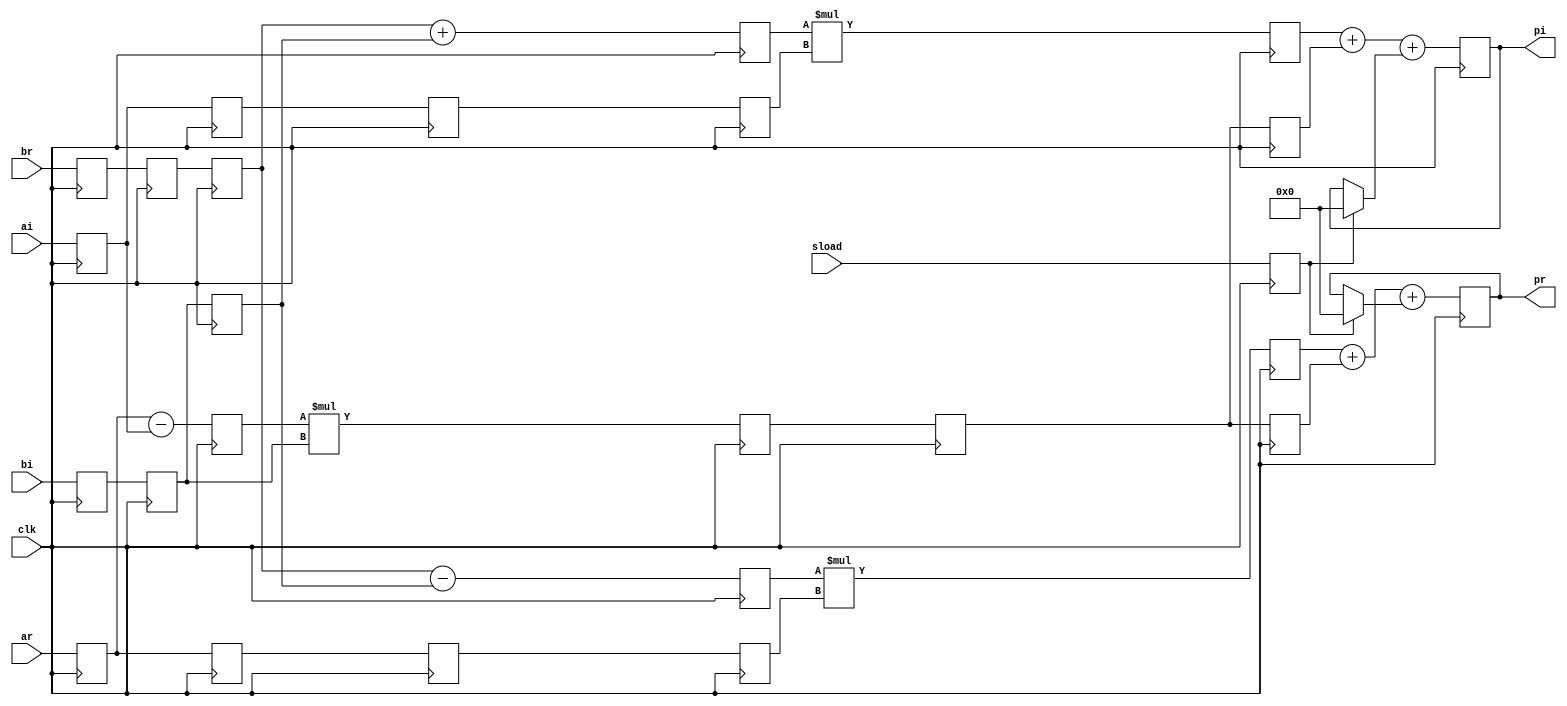
// Complex Multiplier with accumulation (pr+i.pi) = (ar+i.ai)*(br+i.bi)
// The RTL below describes a complex multiplier with accumulation
// which can be packed into 3 DSP blocks (Ultrascale architecture)
//Default parameters were changed because of slow test
//module cmacc # (parameter AWIDTH = 16, BWIDTH = 18, SIZEOUT = 40)
module cmacc # (parameter AWIDTH = 4, BWIDTH = 5, SIZEOUT = 9)
  (
   input clk,
   input sload,
   input signed [AWIDTH-1:0] ar,
   input signed [AWIDTH-1:0] ai,
  input signed [BWIDTH-1:0]   br,
  input signed [BWIDTH-1:0]   bi,
  output signed [SIZEOUT-1:0] pr,
  output signed [SIZEOUT-1:0] pi);

  reg signed [AWIDTH-1:0]  ai_d, ai_dd, ai_ddd, ai_dddd;
  reg signed [AWIDTH-1:0] ar_d, ar_dd, ar_ddd, ar_dddd;
  reg signed [BWIDTH-1:0] bi_d, bi_dd, bi_ddd, br_d, br_dd, br_ddd;
  reg signed [AWIDTH:0] addcommon;
  reg signed [BWIDTH:0] addr, addi;
  reg signed [AWIDTH+BWIDTH:0] mult0, multr, multi;
  reg signed [SIZEOUT-1:0] pr_int, pi_int, old_result_real, old_result_im;
  reg signed [AWIDTH+BWIDTH:0] common, commonr1, commonr2;

  reg sload_reg;

 `ifdef SIM
  initial
  begin
    ai_d = 0;
    ai_dd = 0;
    ai_ddd = 0;
    ai_dddd = 0;
    ar_d = 0;
    ar_dd = 0;
    ar_ddd = 0;
    ar_dddd = 0;
    bi_d = 0;
    bi_dd = 0;
    bi_ddd = 0;
    br_d = 0;
    br_dd = 0;
    br_ddd = 0;
  end
 `endif

  always @(posedge clk)
  begin
    ar_d      <= ar;
    ar_dd     <= ar_d;
    ai_d      <= ai;
    ai_dd     <= ai_d;
    br_d      <= br;
    br_dd     <= br_d;
    br_ddd    <= br_dd;
    bi_d      <= bi;
    bi_dd     <= bi_d;
    bi_ddd    <= bi_dd;
    sload_reg <= sload;
  end

  // Common factor (ar ai) x bi, shared for the calculations of the real and imaginary final products
  //
  always @(posedge clk)
  begin
    addcommon <= ar_d - ai_d;
    mult0     <= addcommon * bi_dd;
    common    <= mult0;
  end

  // Accumulation loop (combinatorial) for *Real*
  //
  always @(sload_reg or pr_int)
  if (sload_reg)
  old_result_real <= 0;
  else
  // 'sload' is now and opens the accumulation loop.
  // The accumulator takes the next multiplier output
  // in the same cycle.
  old_result_real <= pr_int;

  // Real product
  //
  always @(posedge clk)
  begin
    ar_ddd   <= ar_dd;
    ar_dddd  <= ar_ddd;
    addr     <= br_ddd - bi_ddd;
    multr    <= addr * ar_dddd;
    commonr1 <= common;
    pr_int   <= multr + commonr1 + old_result_real;
  end

  // Accumulation loop (combinatorial) for *Imaginary*
  //
  always @(sload_reg or pi_int)
  if (sload_reg)
  old_result_im <= 0;
  else
  // 'sload' is now and opens the accumulation loop.
  // The accumulator takes the next multiplier output
  // in the same cycle.
  old_result_im <= pi_int;

  // Imaginary product
  //
  always @(posedge clk)
  begin
    ai_ddd   <= ai_dd;
    ai_dddd  <= ai_ddd;
    addi     <= br_ddd + bi_ddd;
    multi    <= addi * ai_dddd;
    commonr2 <= common;
    pi_int   <= multi + commonr2 + old_result_im;
  end

  assign pr = pr_int;
  assign pi = pi_int;

endmodule // cmacc